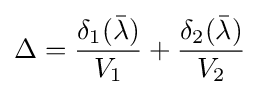
\Delta ={\frac {\delta _{1}({\bar {\lambda }})}{V_{1}}}+{\frac {\delta _{2}({\bar {\lambda }})}{V_{2}}}\